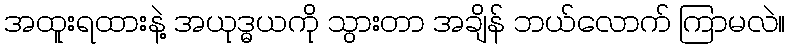
အထူးရထားနဲ့ အယုဒ္ဓယကို သွားတာ အချိန် ဘယ်လောက် ကြာမလဲ။